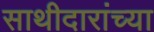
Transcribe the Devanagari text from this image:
साथीदारांच्या